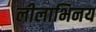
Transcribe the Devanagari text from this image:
लीलाभिनय